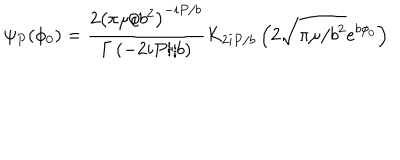
\psi _ { P } ( \phi _ { 0 } ) = \frac { 2 \left( \pi \mu / b ^ { 2 } \right) ^ { - i P / b } } { \Gamma \left( - 2 i P / b \right) } K _ { 2 i P / b } \left( 2 \sqrt { \pi \mu / b ^ { 2 } } e ^ { b \phi _ { 0 } } \right)